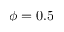
\phi = 0 . 5